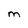
Character: M